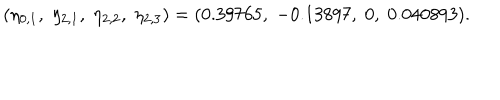
( \eta _ { 0 , 1 } , \; \eta _ { 2 , 1 } , \; \eta _ { 2 , 2 } , \; \eta _ { 2 , 3 } ) = ( 0 . 3 9 7 6 5 , \; - 0 . 1 3 8 9 7 , \; 0 , \; 0 . 0 4 0 8 9 3 ) .